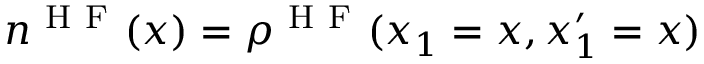
n ^ { \mathrm { ~ H ~ F ~ } } ( x ) = \rho ^ { \mathrm { ~ H ~ F ~ } } ( x _ { 1 } = x , x _ { 1 } ^ { \prime } = x )